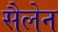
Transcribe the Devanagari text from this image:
सैलेन